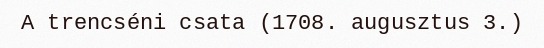
A trencséni csata (1708. augusztus 3.)